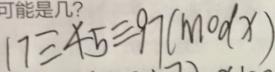
1 7 \equiv 4 5 \equiv 9 7 ( m o d x )